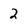
Character: 2